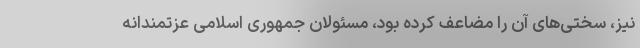
نیز، سختی‌های آن را مضاعف کرده بود، مسئولان جمهوری اسلامی عزتمندانه